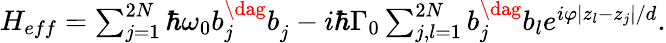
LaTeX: \begin{array}{r}{H_{eff}=\sum_{j=1}^{2N}\hbar\omega_{0}b_{j}^{\dag}b_{j}^{\vphantom{\dag}}-i\hbar\Gamma_{0}\sum_{j,l=1}^{2N}b_{j}^{\dag}b_{l}e^{i\varphi|z_{l}-z_{j}|/d}.}\end{array}